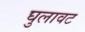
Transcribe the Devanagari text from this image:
घुलावट